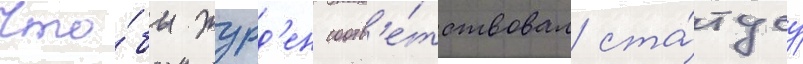
Что́бы журд'ен соотв'е́тствовал ста́тусу